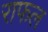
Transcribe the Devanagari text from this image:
राफल